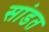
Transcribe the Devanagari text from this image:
सांडत